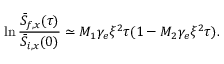
\ln \frac { \bar { S } _ { f , x } ( \tau ) } { \bar { S } _ { i , x } ( 0 ) } \simeq M _ { 1 } \gamma _ { e } \xi ^ { 2 } \tau ( 1 - M _ { 2 } \gamma _ { e } \xi ^ { 2 } \tau ) .